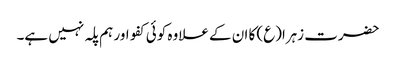
حضرت زہرا(ع) کا ان کے علاوہ کوئی کفو اور ہم پلہ نہیں ہے۔